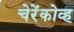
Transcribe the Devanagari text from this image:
चेरेंकोव्ह